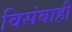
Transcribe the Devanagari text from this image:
विसंवाही